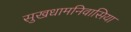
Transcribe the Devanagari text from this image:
सुखधामनिवासिया